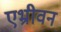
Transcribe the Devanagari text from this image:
एभ्रीवन